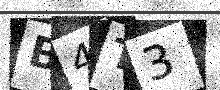
Text: B4T3